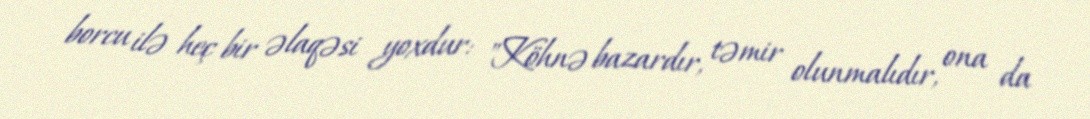
borcu ilə heç bir əlaqəsi yoxdur: "Köhnə bazardır, təmir olunmalıdır, ona da